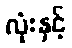
လုံးနှင့်